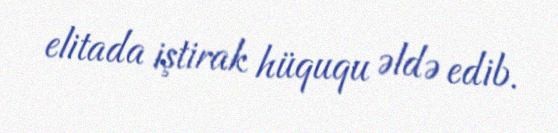
elitada iştirak hüququ əldə edib.